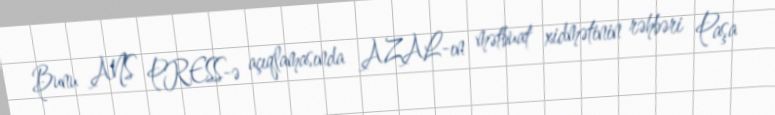
Bunu ANS PRESS-ə açıqlamasında AZAL-ın mətbuat xidmətinin rəhbəri Paşa